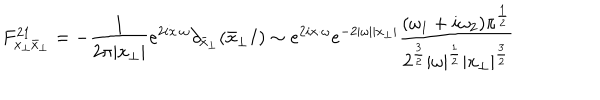
F _ { x _ { \perp } \bar { x } _ { \perp } } ^ { 2 1 } = - \frac { 1 } { 2 \pi | x _ { \perp } | } e ^ { 2 i x \cdot \omega } \partial _ { \bar { x } _ { \perp } } ( \bar { x } _ { \perp } I ) \sim e ^ { 2 i x \cdot \omega } e ^ { - 2 | \omega | | x _ { \perp } | } { \frac { ( \omega _ { 1 } + i \omega _ { 2 } ) \pi ^ { { \frac { 1 } { 2 } } } } { 2 ^ { { \frac { 3 } { 2 } } } | \omega | ^ { { \frac { 1 } { 2 } } } | x _ { \perp } | ^ { { \frac { 3 } { 2 } } } } }